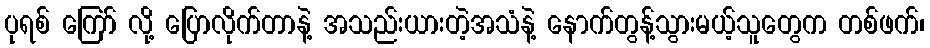
ပုရစ် ကြော် လို့ ပြောလိုက်တာနဲ့ အသည်းယားတဲ့အသံနဲ့ နောက်တွန့်သွားမယ့်သူတွေက တစ်ဖက်၊